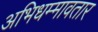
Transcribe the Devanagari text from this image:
अभिधम्मावतार